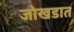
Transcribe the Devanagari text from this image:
जोखडात